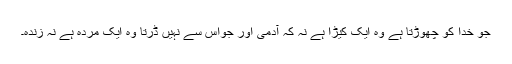
جو خدا کو چھوڑتا ہے وہ ایک کیڑا ہے نہ کہ آدمی اور جواس سے نہیں ڈرتا وہ ایک مردہ ہے نہ زندہ۔